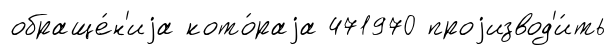
обраще́н'иjа кото́раjа 471970 проjизвод'и́ть